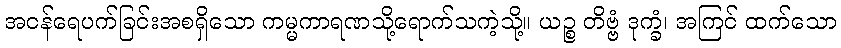
အငန်ရေပက်ခြင်းအစရှိသော ကမ္မကာရဏသို့ရောက်သကဲ့သို့။ ယဉ္စ တိဗ္ဗံ ဒုက္ခံ၊ အကြင် ထက်သော